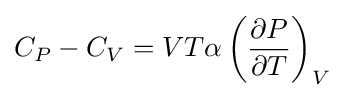
C_{P}-C_{V}=VT\alpha \left({\frac {\partial P}{\partial T}}\right)_{V}